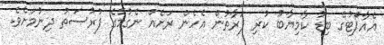
އެއާޕޯޓުގެ ބިޑު ކާމިޔާބު ކުރި ފަރާތުން އެހެން ރަށެއް ނެގުމުގެ ފުރުސަތު ދިނުމަށެވެ.